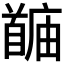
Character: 𬳙